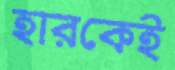
হারকেই